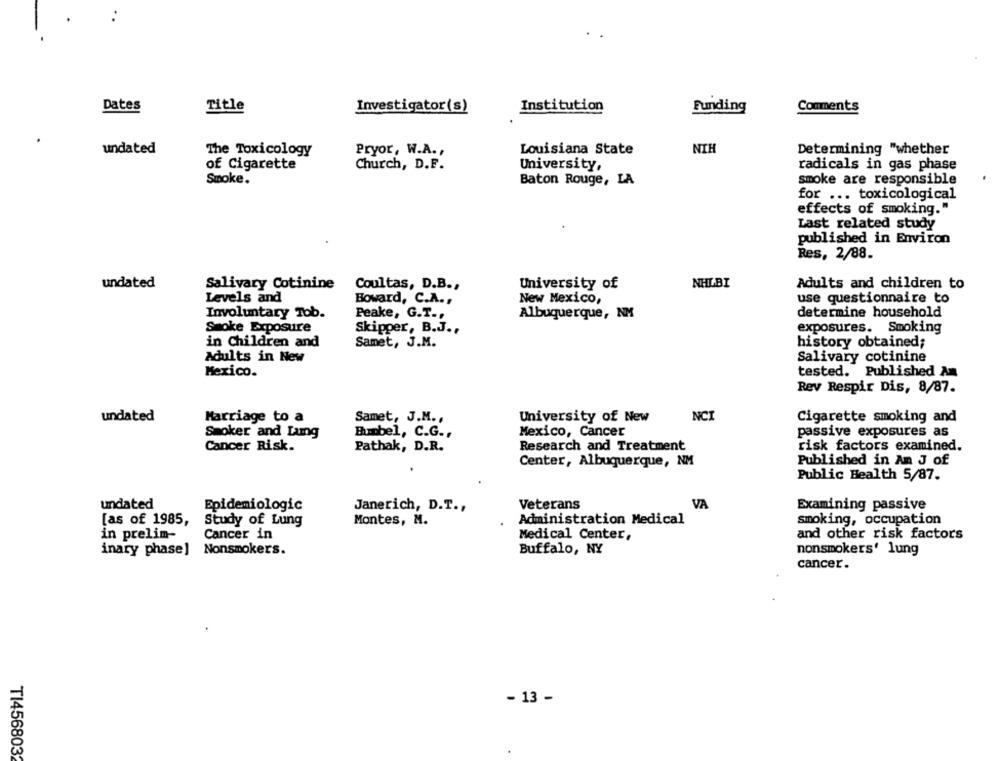
Dates
Title
Investigator(s)
Institution
Funding
Comments
undated
The Toxicology
Pryor, W.A. ,
Louisiana State
NIH
Determining "whether
of Cigarette
Church, D.F.
University,
radicals in gas phase
Smoke.
Baton Rouge, LA
smoke are responsible
for ... toxicological
effects of smoking."
Last related study
published in Environ
Res, 2/88.
undated
Salivary Cotinine
Coultas, D.B .,
University of
NHLBI
Adults and children to
Levels and
Boward, C.A .,
New Mexico,
use questionnaire to
Involuntary Tob.
Peake, G.T .,
Albuquerque, NM
determine household
Smoke Exposure
Skipper, B.J .,
exposures. Smoking
Samet, J.M.
in Children and
history obtained;
Adults in New
Salivary cotinine
Mexico.
tested. Published Am
Rev Respir Dis, 8/87.
undated
Marriage to a
Samet, J.M .,
University of New
NCI
Cigarette smoking and
Smoker and Lamg
Bunbel, C.G .,
Mexico, Cancer
passive exposures as
Cancer Risk.
Pathak, D.R.
Research and Treatment
risk factors examined.
Center, Albuquerque, NM
Published in An J of
Public Health 5/87.
undated
Epidemiologic
Janerich, D.T .,
Veterans
VA
Examining passive
[as of 1985,
Study of Lung
Montes, M.
Administration Medical
smoking, occupation
in prelim-
Cancer in
Medical Center,
and other risk factors
inary phase] Nonsmokers.
Buffalo, NY
nonsmokers' lung
cancer .
- 13 -
TI456803